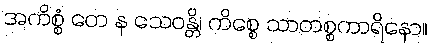
အကိစ္စံ တေ န သေဝန္တိ၊ ကိစ္စေ သာတစ္စကာရိနော။